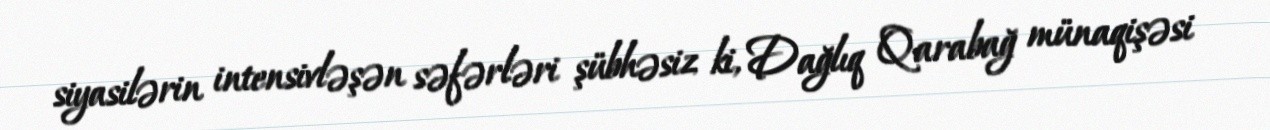
siyasilərin intensivləşən səfərləri şübhəsiz ki, Dağlıq Qarabağ münaqişəsi